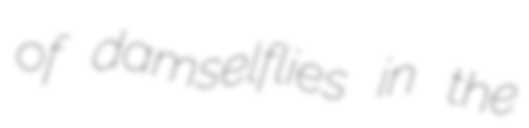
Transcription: of damselflies in the